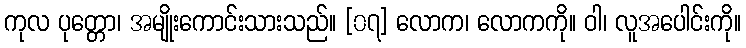
ကုလ ပုတ္တော၊ အမျိုးကောင်းသားသည်။ [၀၇] လောက၊ လောကကို။ ဝါ၊ လူအပေါင်းကို။